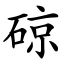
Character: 䃄